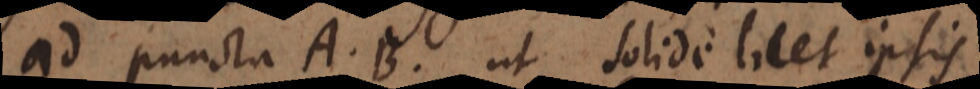
ad puncta A, B, ut solide licet ipsis